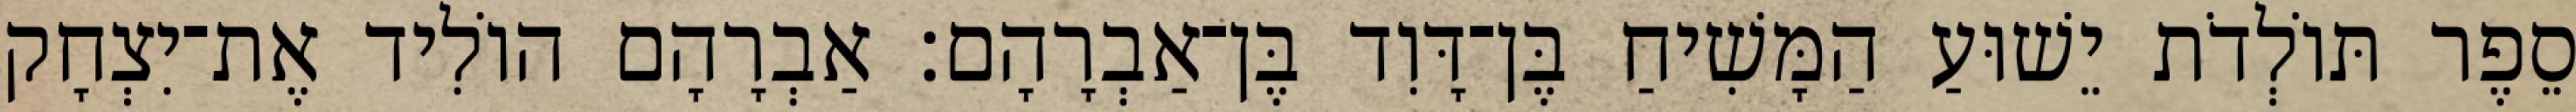
סֵפֶר תּוֹלְדֹת יֵשׁוּעַ הַמָּשִׁיחַ בֶּן־דָּוִד בֶּן־אַבְרָהָם׃ אַבְרָהָם הוֹלִיד אֶת־יִצְחָק